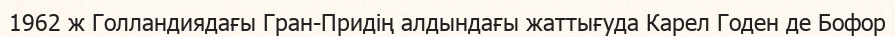
1962 ж Голландиядағы Гран-Придің алдындағы жаттығуда Карел Годен де Бофор